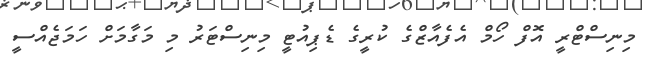
މިނިސްޓްރީ އޮފް ހޯމް އެފެއާޒްގެ ކުރީގެ ޑެޕިއުޓީ މިނިސްޓަރު މި މަގާމަށް ހަމަޖެއްސީ